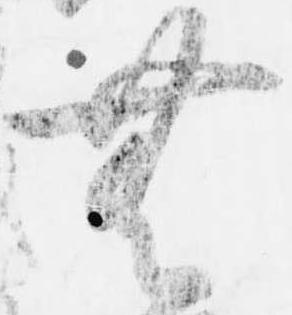
無